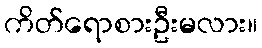
ကိတ်ရောစားဦးမလား။